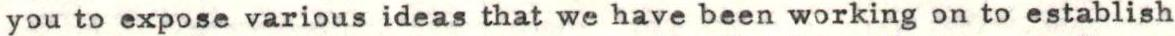
you to expose various ideas that we have been working on to establish